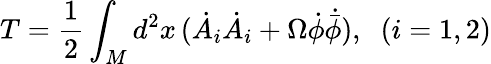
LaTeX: T=\frac{1}{2}\int_{M}d^{2}x\, (\dot{A}_{i}\dot{A}_{i}+\Omega\dot{\phi}\dot{{\bar{\phi}}}),\; \; (i=1,2)